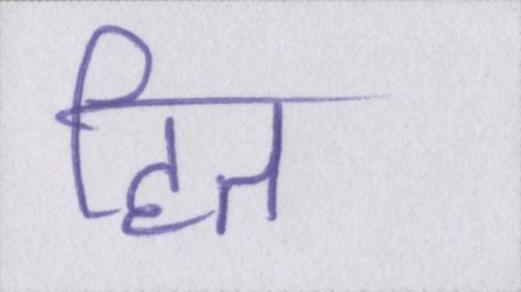
हित